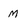
Character: m